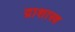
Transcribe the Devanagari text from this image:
द्राशास्त्र